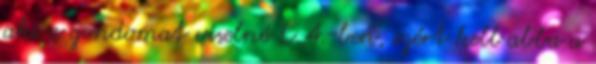
aki a gondomat viselné L.A.-ben, ezért kell abba a